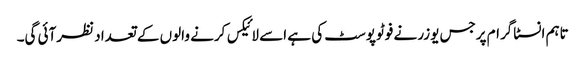
تاہم انسٹاگرام پرجس یوزر نے فوٹوپوسٹ کی ہے اسے لائیکس کرنے والوں کے تعداد نظرآئی گی۔